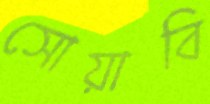
সোয়াবি